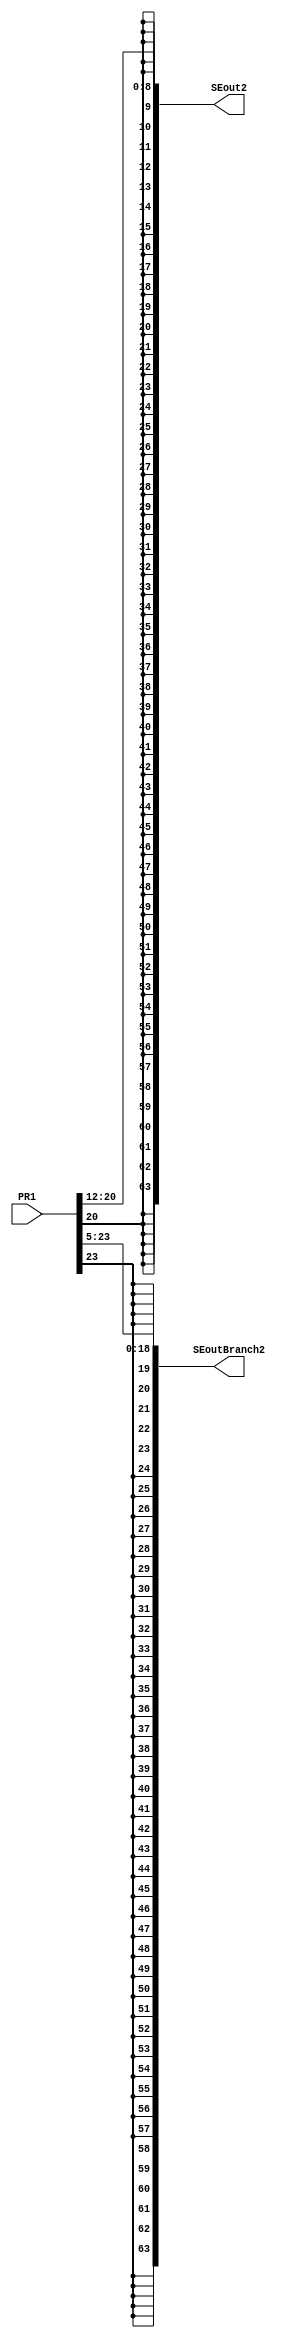
`timescale 1ns / 1ps
//////////////////////////////////////////////////////////////////////////////////
// Company: 
// Engineer: 
// 
// Design Name: 
// Module Name:    SignExtender 
// Project Name: 
// Target Devices: 
// Tool versions: 
// Description: 
//
// Dependencies: 
//
// Revision: 
// Revision 0.01 - File Created
// Additional Comments: 
//
//////////////////////////////////////////////////////////////////////////////////
module SignExtender(PR1,SEout2,SEoutBranch2);
      input [499:0] PR1;
		wire [8:0] SEin;
		wire [18:0] SEinBranch;
		output [63:0] SEout2,SEoutBranch2;
		
		assign SEin = PR1[20:12];
		assign SEinBranch = PR1[23:5];

		assign SEout2 = {{55{SEin[8]}},SEin};

		assign SEoutBranch2 = {{45{SEinBranch[18]}},SEinBranch};
		

endmodule